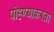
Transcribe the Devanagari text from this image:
पोहण्याकरता